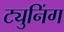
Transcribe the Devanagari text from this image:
ट्युनिंग